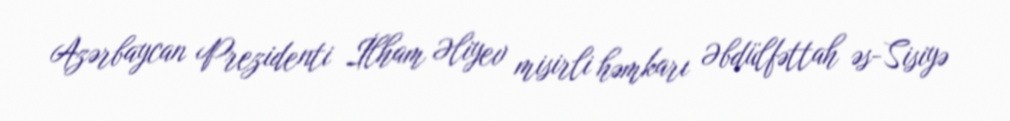
Azərbaycan Prezidenti İlham Əliyev misirli həmkarı Əbdülfəttah əs-Sisiyə